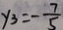
y _ { 3 } = - \frac { 7 } { 5 }